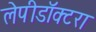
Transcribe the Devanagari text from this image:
लेपीडॉक्टरा